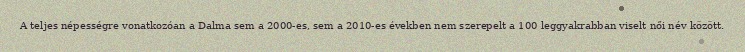
A teljes népességre vonatkozóan a Dalma sem a 2000-es, sem a 2010-es években nem szerepelt a 100 leggyakrabban viselt női név között.